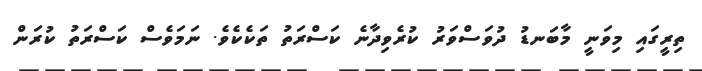
ތިރީގައި މިވަނީ މާބަނޑު ދުވަސްވަރު ކުރެވިދާނެ ކަސްރަތު ތަކެކެވެ. ނަމަވެސް ކަސްރަތު ކުރަން